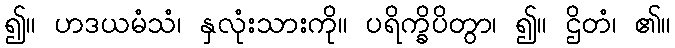
၍။ ဟဒယမံသံ၊ နှလုံးသားကို။ ပရိက္ခိပိတွာ၊ ၍။ ဌိတံ၊ ၏။